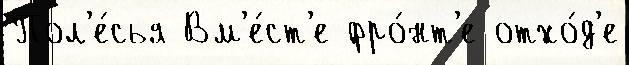
Пол'е́сья Вм'е́ст'е фро́нт'е отхо́д'е